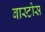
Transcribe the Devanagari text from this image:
बास्टोस